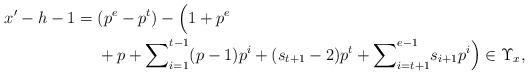
LaTeX: \begin{align*} x'-h-1&=(p^e-p^t)-\Big(1+p^e \\ &\ \ \ \ +p+{\sum}_{i=1}^{t-1}(p-1)p^i+(s_{t+1}-2)p^t+{\sum}_{i=t+1}^{e-1}s_{i+1}p^i\Big)\in\Upsilon_x, \end{align*}